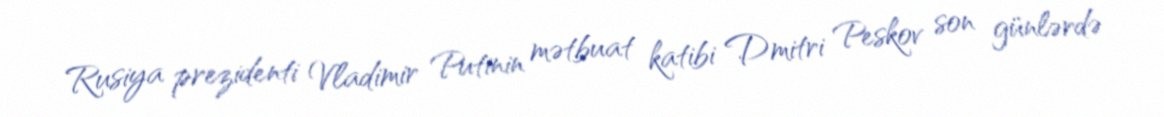
Rusiya prezidenti Vladimir Putinin mətbuat katibi Dmitri Peskov son günlərdə